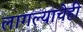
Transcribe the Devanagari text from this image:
लागल्याचेही